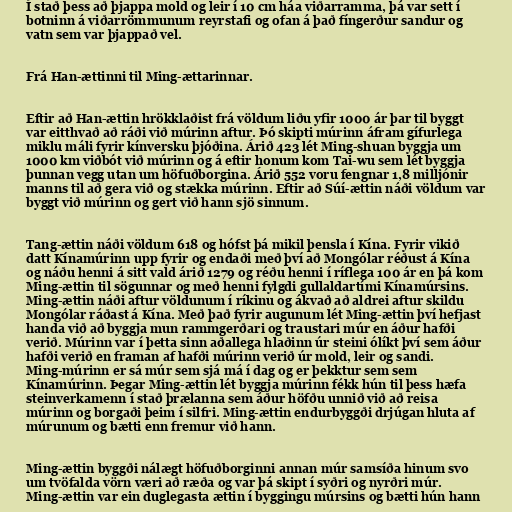
Í stað þess að þjappa mold og leir í 10 cm háa viðarramma, þá var sett í
botninn á viðarrömmunum reyrstafi og ofan á það fíngerður sandur og
vatn sem var þjappað vel.

Frá Han-ættinni til Ming-ættarinnar.

Eftir að Han-ættin hrökklaðist frá völdum liðu yfir 1000 ár þar til byggt
var eitthvað að ráði við múrinn aftur. Þó skipti múrinn áfram gífurlega
miklu máli fyrir kínversku þjóðina. Árið 423 lét Ming-shuan byggja um
1000 km viðbót við múrinn og á eftir honum kom Tai-wu sem lét byggja
þunnan vegg utan um höfuðborgina. Árið 552 voru fengnar 1,8 milljónir
manns til að gera við og stækka múrinn. Eftir að Súí-ættin náði völdum var
byggt við múrinn og gert við hann sjö sinnum.

Tang-ættin náði völdum 618 og hófst þá mikil þensla í Kína. Fyrir vikið
datt Kínamúrinn upp fyrir og endaði með því að Mongólar réðust á Kína
og náðu henni á sitt vald árið 1279 og réðu henni í ríflega 100 ár en þá kom
Ming-ættin til sögunnar og með henni fylgdi gullaldartími Kínamúrsins.
Ming-ættin náði aftur völdunum í ríkinu og ákvað að aldrei aftur skildu
Mongólar ráðast á Kína. Með það fyrir augunum lét Ming-ættin því hefjast
handa við að byggja mun rammgerðari og traustari múr en áður hafði
verið. Múrinn var í þetta sinn aðallega hlaðinn úr steini ólíkt því sem áður
hafði verið en framan af hafði múrinn verið úr mold, leir og sandi.
Ming-múrinn er sá múr sem sjá má í dag og er þekktur sem sem
Kínamúrinn. Þegar Ming-ættin lét byggja múrinn fékk hún til þess hæfa
steinverkamenn í stað þrælanna sem áður höfðu unnið við að reisa
múrinn og borgaði þeim í silfri. Ming-ættin endurbyggði drjúgan hluta af
múrunum og bætti enn fremur við hann.

Ming-ættin byggði nálægt höfuðborginni annan múr samsíða hinum svo
um tvöfalda vörn væri að ræða og var þá skipt í syðri og nyrðri múr.
Ming-ættin var ein duglegasta ættin í byggingu múrsins og bætti hún hann